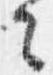
々